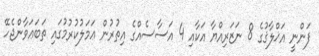
ފަންނީ އަޚްލާޤުގެ 8 ނަޒަރިއްޔާ އަކާއި 4 އަސާސެއްގެ އިތުރުން ޢަމަލުކުރުމުގައި ތަބަޢަވާންޖެހޭ